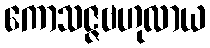
ကောသဇ္ဇဗဟုလာယ